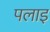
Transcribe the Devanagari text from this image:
पलाइ